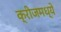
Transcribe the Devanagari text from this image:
क्रीजमध्ये